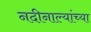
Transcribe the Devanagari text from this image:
नदीनाल्यांच्या